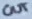
Text: OUT